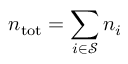
n _ { \mathrm { t o t } } = \sum _ { i \in \mathcal { S } } n _ { i }